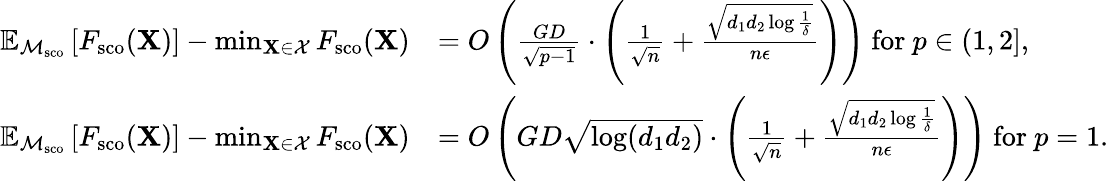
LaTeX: \begin{array}{rl}{\mathbb{E}_{\mathcal{M}_{\textup{sco}}}\left[F_{\textup{sco}}(\mathbf{X})\right]-\operatorname*{min}_{\mathbf{X}\in\mathcal{X}}F_{\textup{sco}}(\mathbf{X})}&{=O\left(\frac{GD}{\sqrt{p-1}}\cdot\left(\frac 1{\sqrt n}+\frac{\sqrt{d_{1}d_{2}\log\frac 1\delta}}{n\epsilon}\right)\right)\mathrm{~for~}p\in(1,2],}\\ {\mathbb{E}_{\mathcal{M}_{\textup{sco}}}\left[F_{\textup{sco}}(\mathbf{X})\right]-\operatorname*{min}_{\mathbf{X}\in\mathcal{X}}F_{\textup{sco}}(\mathbf{X})}&{=O\left(GD\sqrt{\log(d_{1}d_{2})}\cdot\left(\frac 1{\sqrt n}+\frac{\sqrt{d_{1}d_{2}\log\frac 1\delta}}{n\epsilon}\right)\right)\mathrm{~for~}p=1.}\end{array}